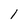
Character: l